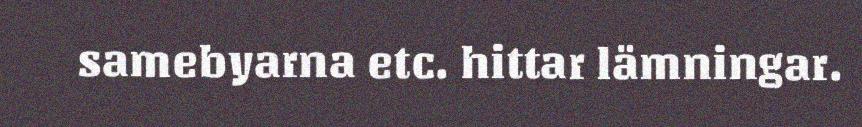
samebyarna etc. hittar lämningar.